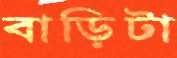
বাড়িটা